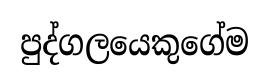
පුද්ගලයෙකුගේම